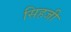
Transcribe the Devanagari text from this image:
सिहजी